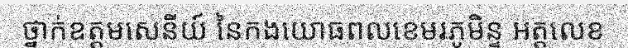
ថ្នាក់ឧត្តមសេនីយ៍ នៃកងយោធពលខេមរភូមិន្ទ អត្តលេខ